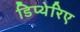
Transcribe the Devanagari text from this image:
डिप्थेरिए